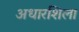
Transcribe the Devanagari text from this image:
अधारशिला